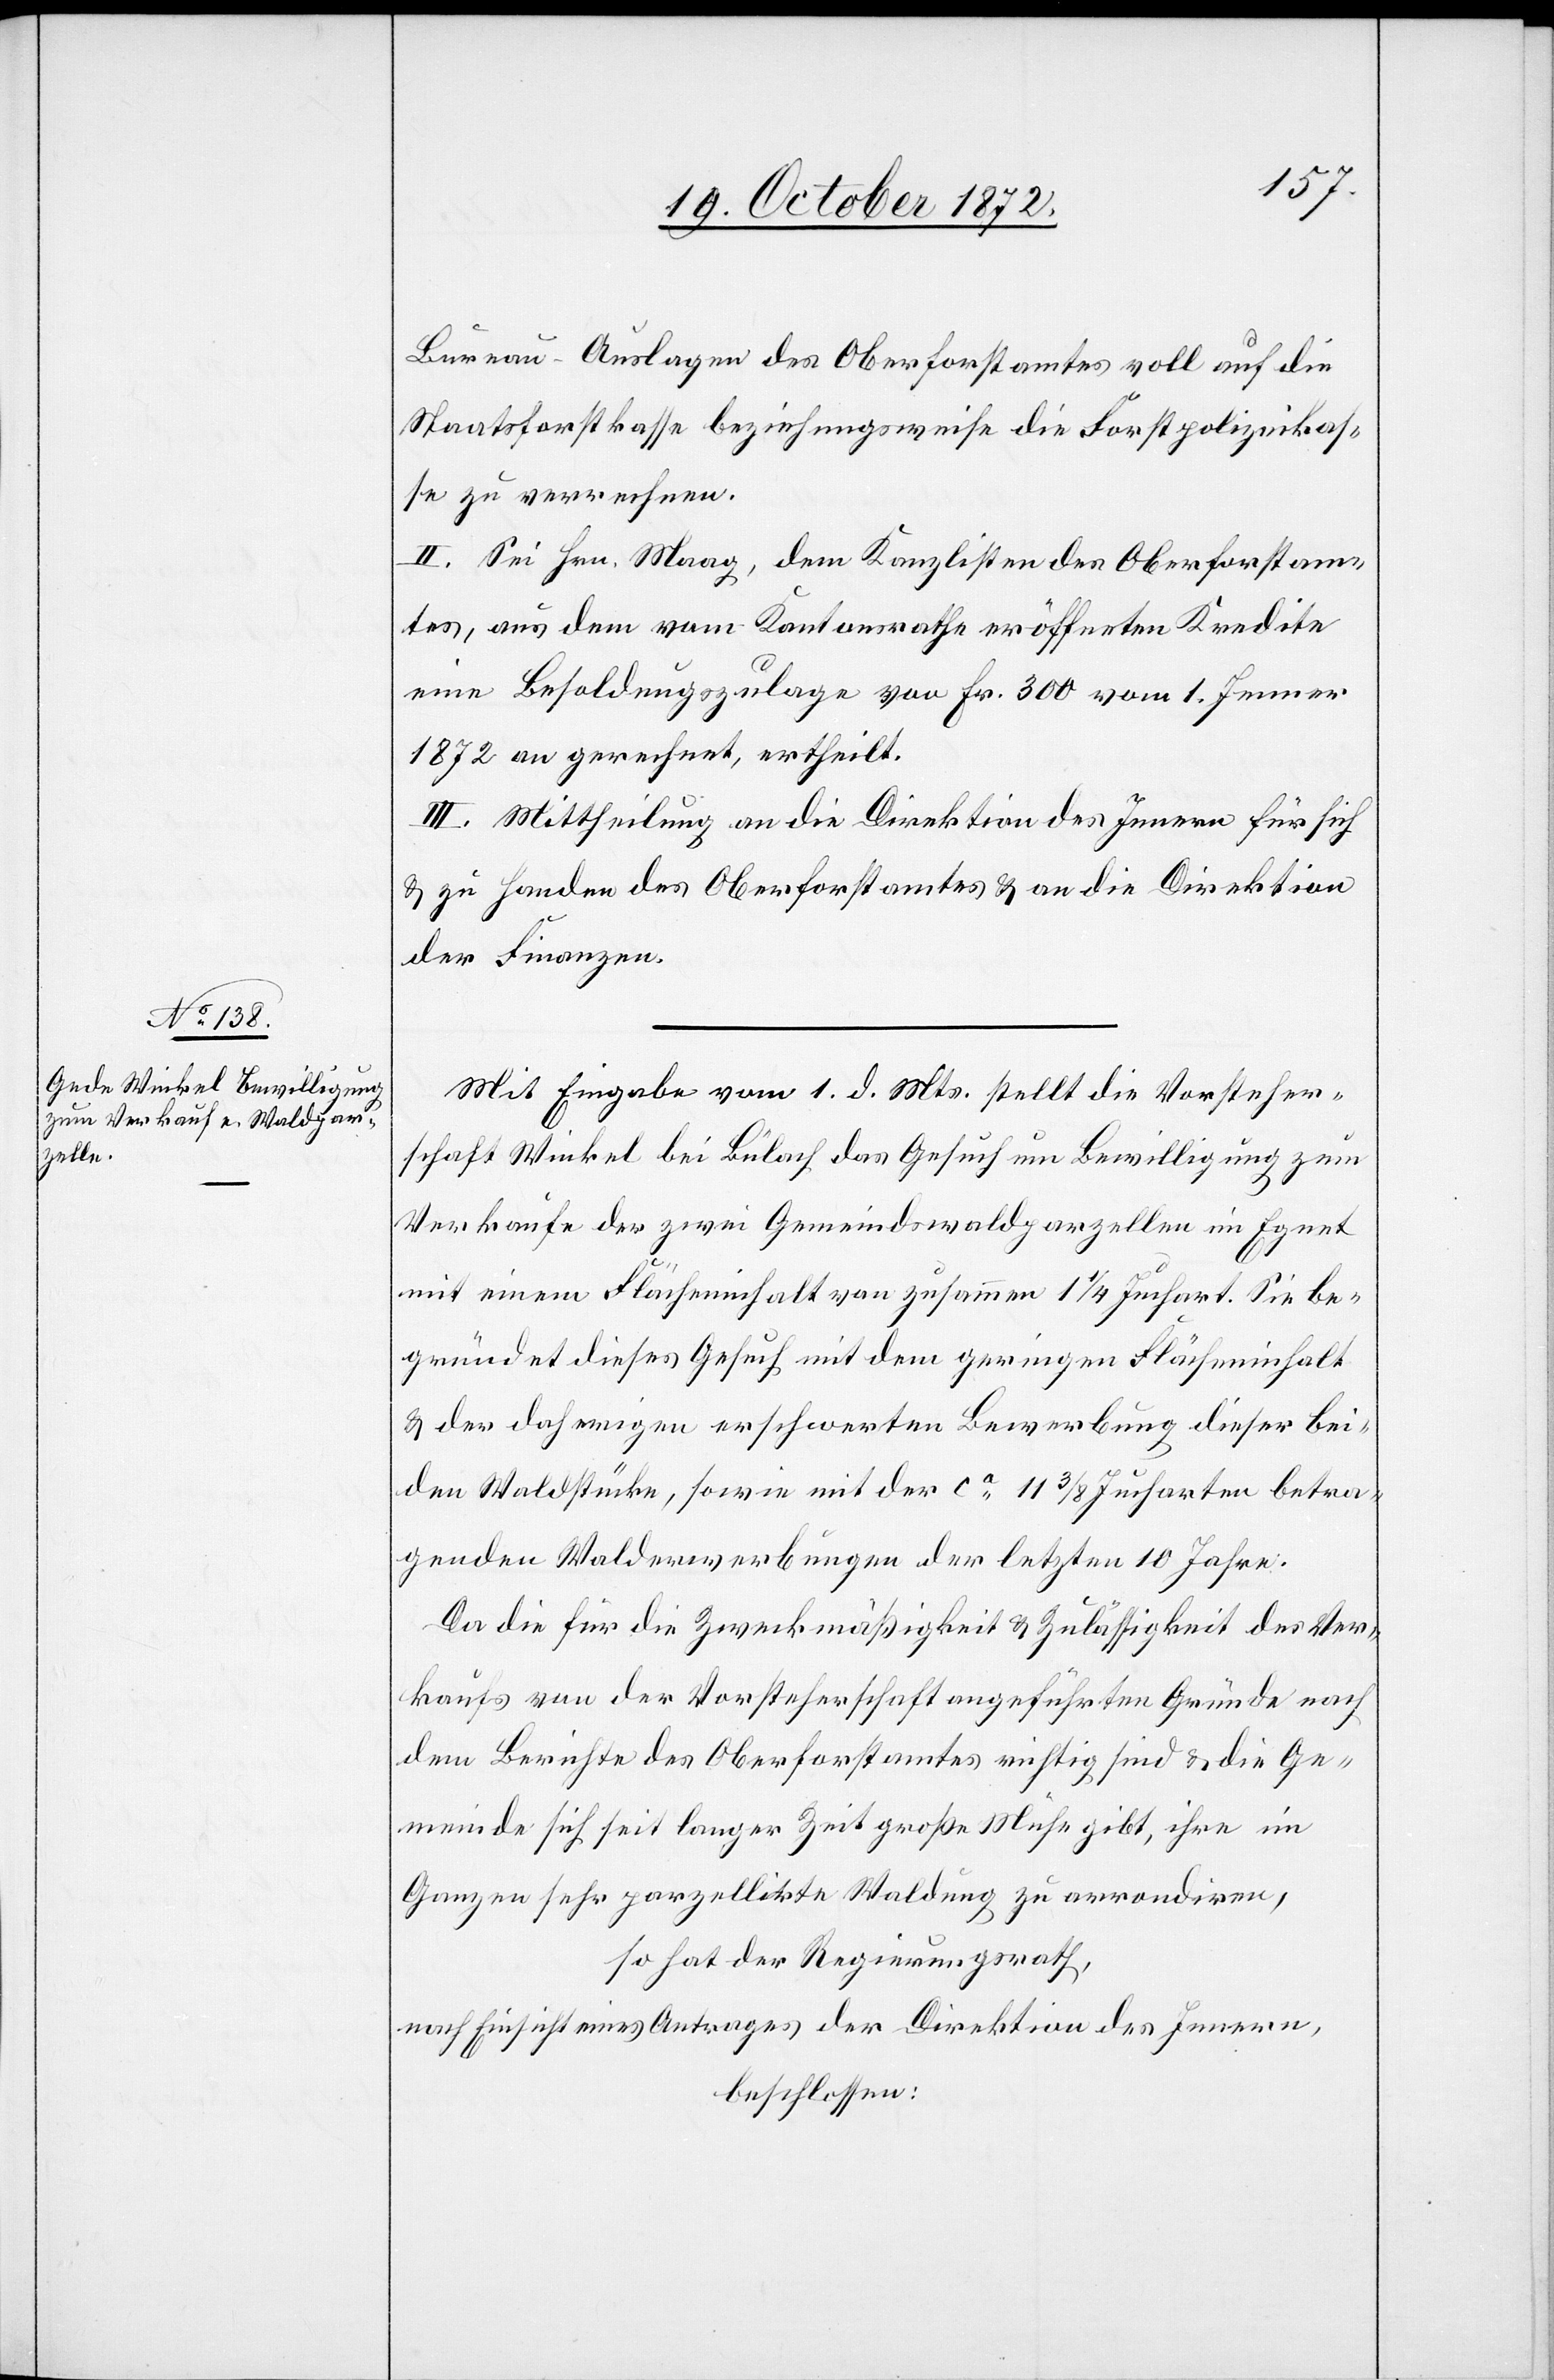
Bureau-Auslagen des Oberforstamtes voll auf die
Staatsforstkasse beziehungsweise die Forstpolizeikas¬
se zu verrechnen.
II. Sei Hrn. Maag, dem Kanzlisten des Oberforstam¬
tes, aus dem vom Kantonsrathe eröffneten Kredite
eine Besoldungszulage von Fr. 300 vom 1. Jenner
1872 an gerechnet, ertheilt.
III. Mittheilung an die Direktion des Innern für sich
u. zu Handen des Oberforstamtes u. an die Direktion
der Finanzen.
Mit Eingabe vom 1. d. Mts. stellt die Vorsteher¬
schaft Winkel bei Bülach das Gesuch um Bewilligung zum
Verkaufe der zwei Gemeindswaldparzellen im Egnet
mit einem Flächeninhalt von zusammen 1 1/4 Juchart. Sie be¬
gründet dieses Gesuch mit dem geringen Flächeninhalt
u. der daherigen erschwerten Bewerbung dieser bei¬
den Waldstücke, sowie mit der ca 11 3/8 Jucharten betra¬
genden Walderwerbung der letzten 10 Jahre.
Da die für die Zweckmäßigkeit u. Zulässigkeit des Ver¬
kaufs von der Vorsteherschaft angeführten Gründe nach
dem Berichte des Oberforstamtes richtig sind u. die Ge¬
meinde sich seit langer Zeit große Mühe gibt, ihre im
Ganzen sehr parzellirte Waldung zu arrondiren,
so hat der Regierungsrath,
nach Einsicht eines Antrages der Direktion des Innern,
beschlossen: